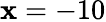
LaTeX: \mathbf{x}=-10